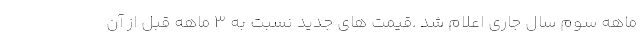
ماهه سوم سال جاری اعلام شد .قیمت های جدید نسبت به 3 ماهه قبل از آن